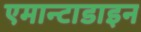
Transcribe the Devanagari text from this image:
एमान्टाडाइन